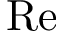
\mathrm { R e }